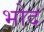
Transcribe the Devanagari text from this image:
भोद